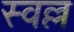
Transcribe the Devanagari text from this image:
स्वल्ल